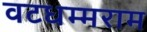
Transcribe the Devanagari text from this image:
वटधम्मराम